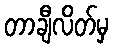
တာချီလိတ်မှ